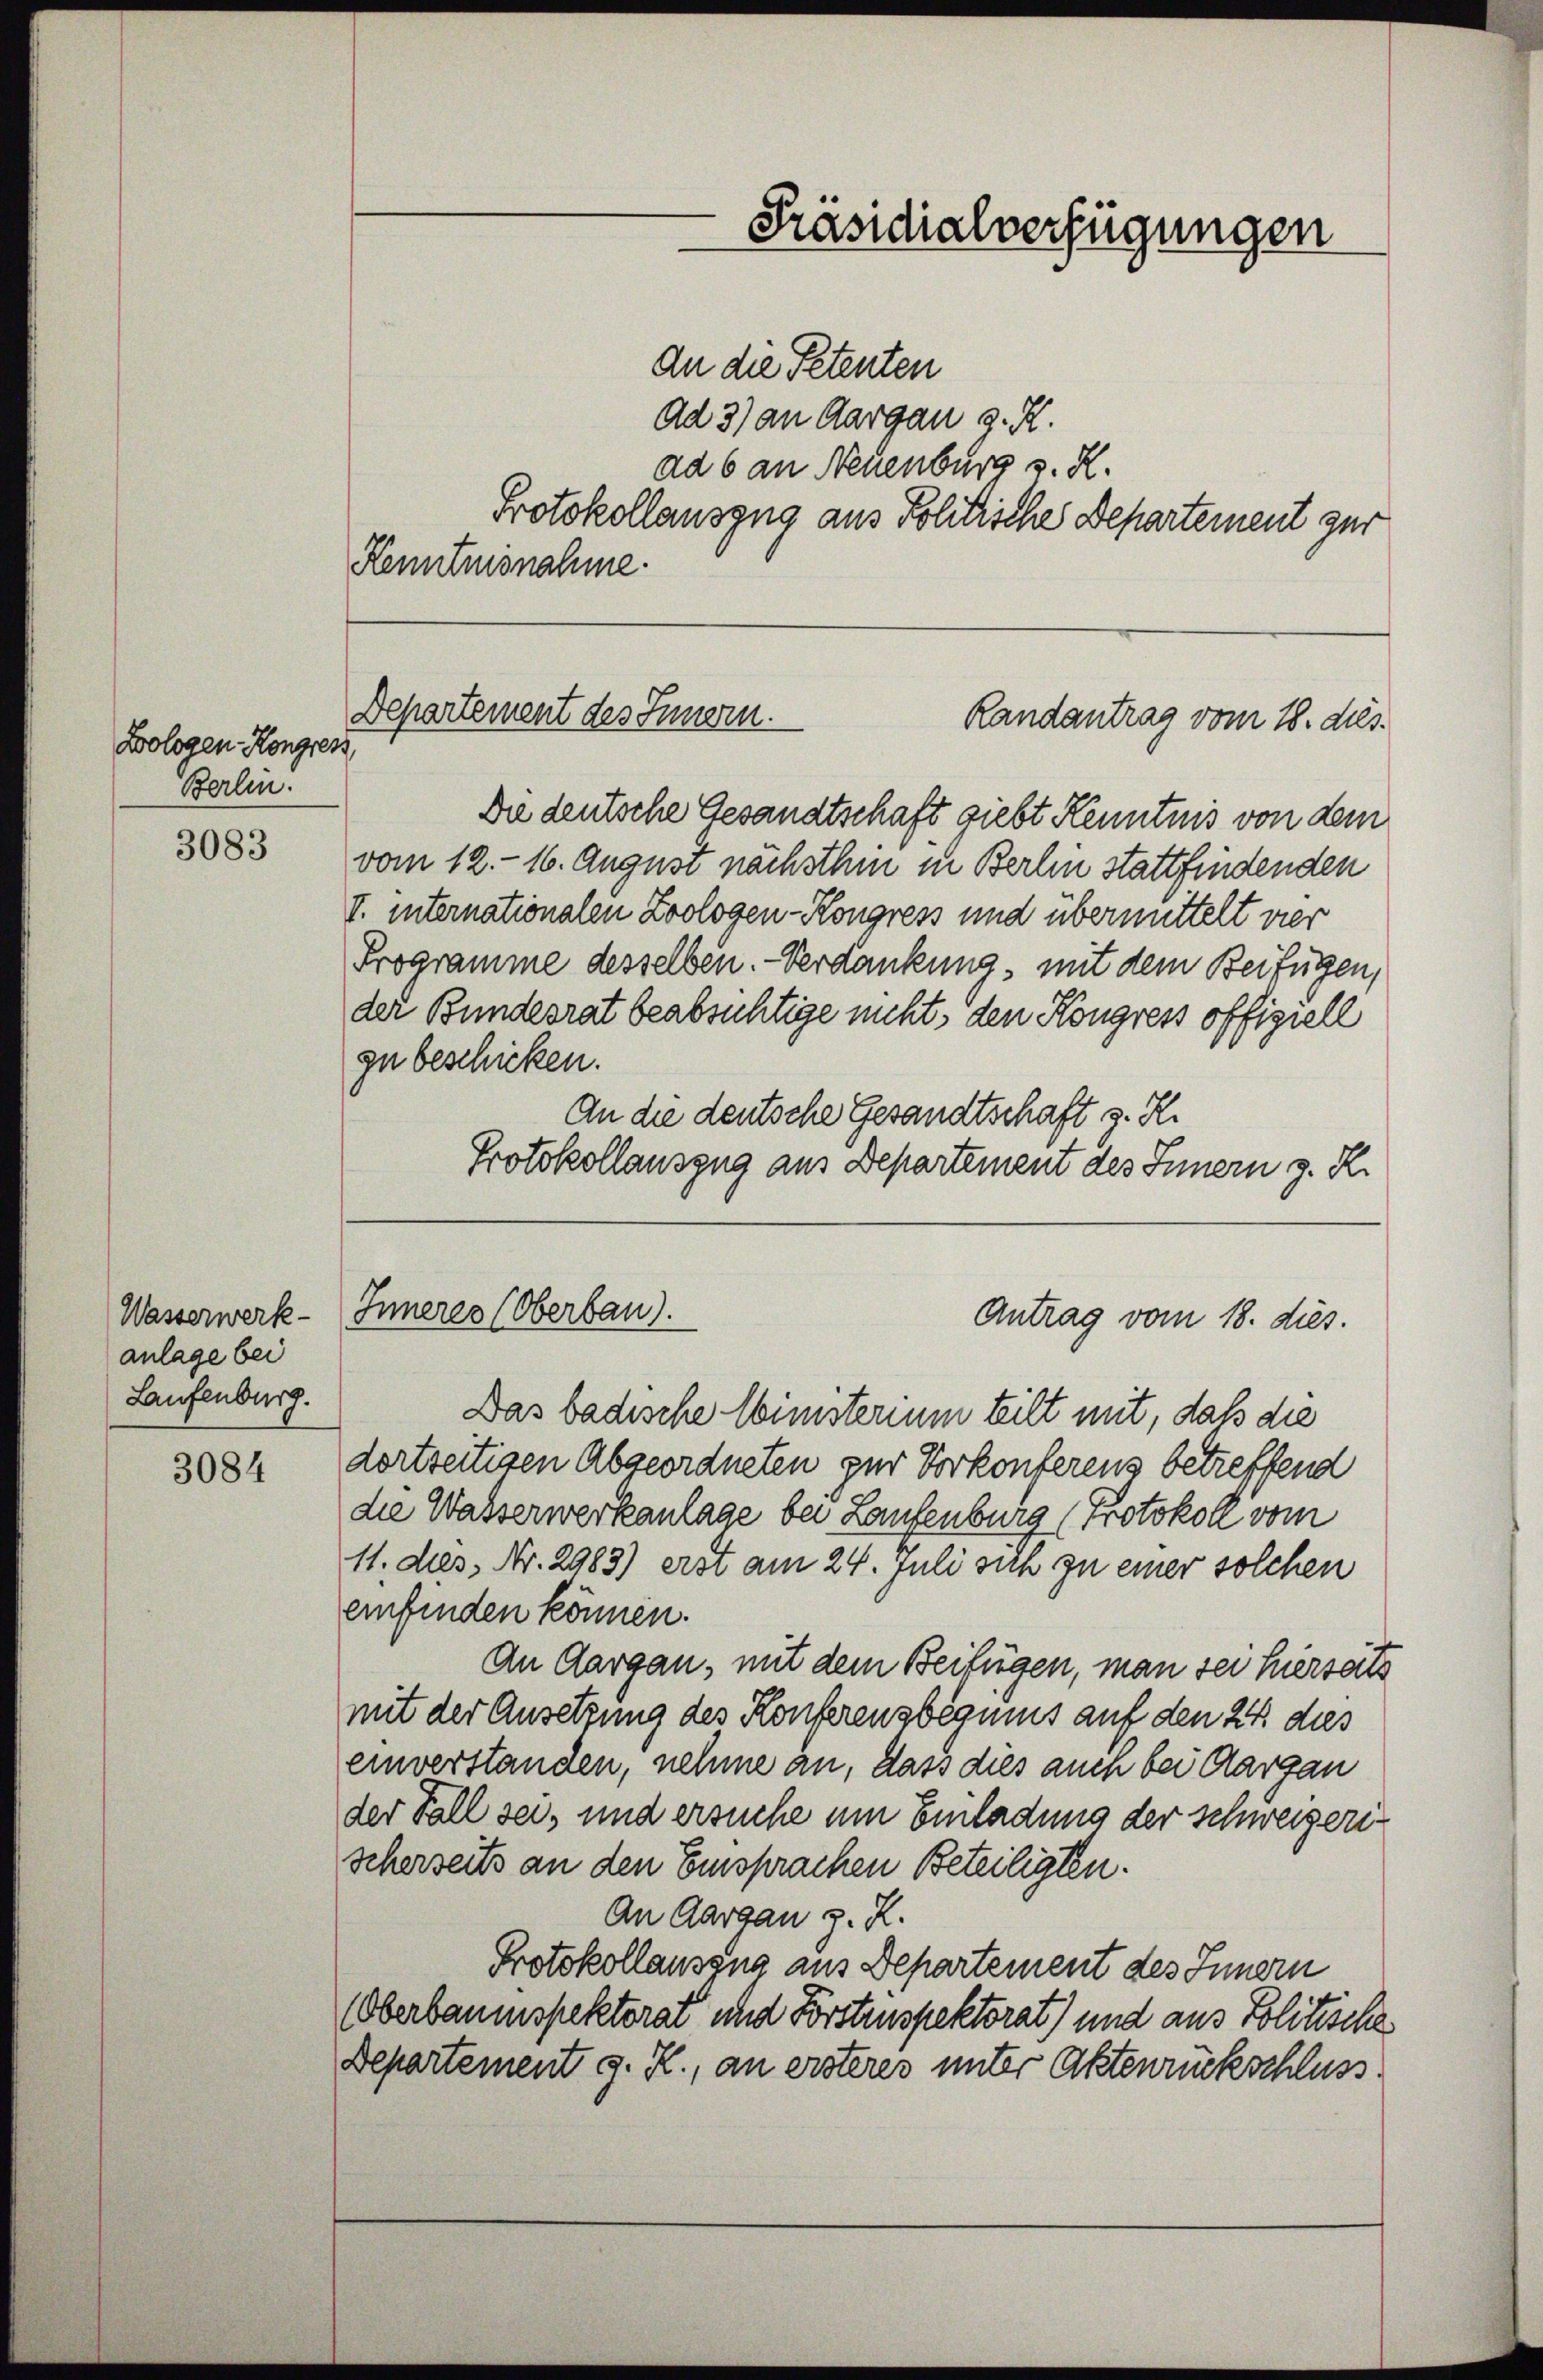
Bologen Kongress
Berlin.

3083

Wasserwerk-
anlage bei
Laufenburg.

3084

Kenntnisnahme.

an die Petenten
Ad 3) an Aargau g. K.
ad 6 an Neuenburg v. R.
Protokollauszug aus Politisches Departement zur
Die deutsche Gesandtschaft giebt Kenntnis von dem
vom 12. - 16. August nächsthin in Berlin stattfindenden
V. internationalen Zoologen-Kongress und übermittelt vier
Programme desselben. - Verdankung, mit dem Beifügen,
der Bundesrat beabsichtige nicht, den Kongress offiziell
zu beschicken.
An die deutsche Gesandtschaft z. R.
Protokollauszug aus Departement des Innern z. R.
Inneres (Oberbau).
Antrag vom 18. dies.
Das badische Wimsterium teilt mit, daß die
dortseitigen Abgeordneten zur Vorkonferens betreffend
die Wasserwerkanlage bei Laufenburg (Protokoll vom
11. dies, Nr. 2983) erst am 24. Juli sich zu einer solchen
einfinden können.
An Aargau, mit dem Beifügen, man sei hierseits
mit der Ansetzung des Konferensbegmnis auf den 24. dies
einverstanden, nehme an, dass dies auch bei Aargau
der Fall sei, und ersuche um Einladung der schweizerischerseits an den Einsprachen Beteiligten.
An Aargau z. Z.
Protokollausend aus Departement des Innern
Oberbaumspektorat und Forstenspektorat) und aus Politische
Departement g. R., an ersteres unter Aktenrückschluss

Präsidialverfügungen

Departement des Innern.
Randantrag vom 18. dies